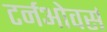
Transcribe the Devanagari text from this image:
टर्नओवर्स